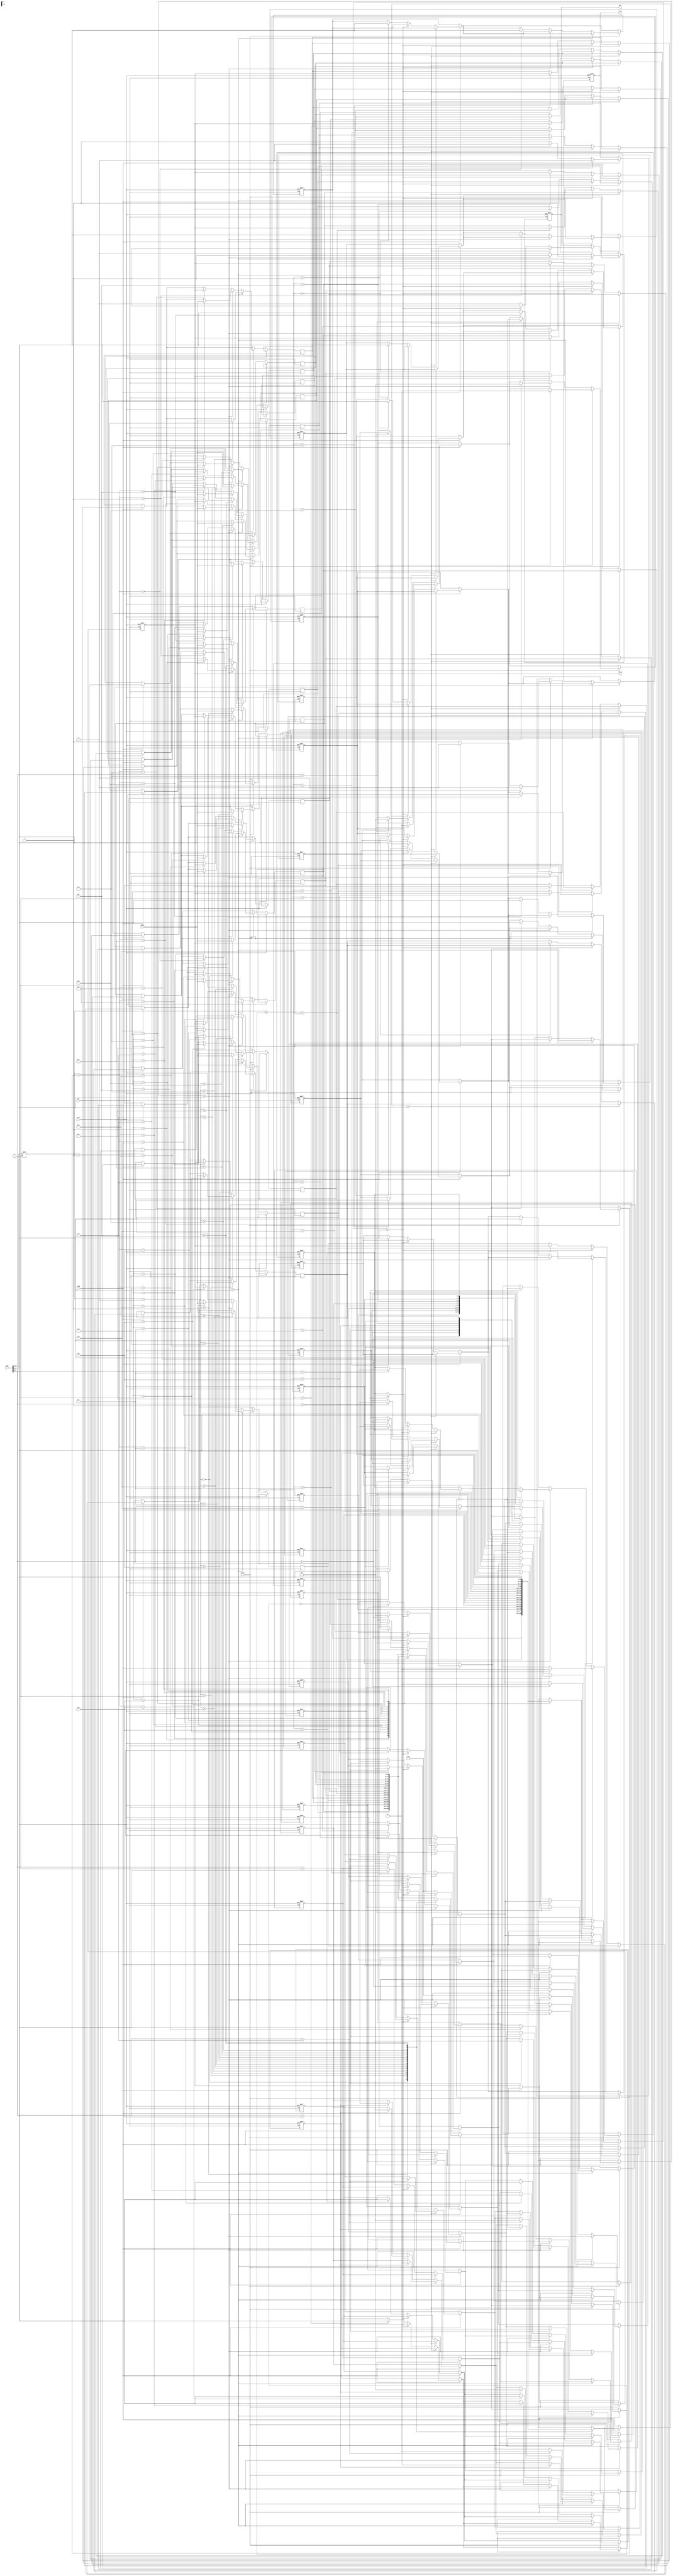
module L2_Cache #(
    parameter ADDRESS_WIDTH = 32,
    parameter CACHE_SIZE = 256, // Total cache size in bytes
    parameter BLOCK_SIZE = 16,   // Block size in bytes
    parameter NUM_SETS = CACHE_SIZE / (BLOCK_SIZE * 2), // 2-way associative
    parameter TAG_WIDTH = ADDRESS_WIDTH - $clog2(NUM_SETS) - $clog2(BLOCK_SIZE)
)(
    input wire clk,
    input wire reset,
    input wire [ADDRESS_WIDTH-1:0] addr,
    input wire read,                 // Read request
    input wire write,                // Write request
    input wire [BLOCK_SIZE-1:0] wdata, // Data to write
    output reg [BLOCK_SIZE-1:0] rdata, // Data read
    output reg hit,                 // Cache hit indicator
    output reg miss                 // Cache miss indicator
);

    // Cache block structure
    reg [TAG_WIDTH-1:0] tags[NUM_SETS][1:0];  // Tag array for 2-way set
    reg [BLOCK_SIZE-1:0] data[NUM_SETS][1:0]; // Data array for 2-way set
    reg dirty[NUM_SETS][1:0];                  // Dirty bits for write-back policy
    reg [1:0] lru_counter[NUM_SETS];           // LRU counter for tracking usage

    // Calculate the set index and the tag from the address
    wire [31:0] set_index = addr[$clog2(BLOCK_SIZE)-1:0];
    wire [TAG_WIDTH-1:0] tag = addr[ADDRESS_WIDTH-1:$clog2(NUM_SETS) + $clog2(BLOCK_SIZE)];

    integer i;

    // Initial state
    always @(posedge clk or posedge reset) begin
        if (reset) begin
            for (i = 0; i < NUM_SETS; i = i + 1) begin
                tags[i][0] <= 0;
                dirty[i][0] <= 0;
                tags[i][1] <= 0;
                dirty[i][1] <= 0;
                lru_counter[i] <= 0;
            end
            hit <= 0;
            miss <= 0;
            rdata <= 0;
        end else begin
            // Cache read operation
            if (read) begin
                if (tags[set_index][0] == tag) begin
                    // Hit in way 0
                    rdata <= data[set_index][0];
                    hit <= 1;
                    miss <= 0;
                    lru_counter[set_index] <= 0; // Update LRU counter
                end else if (tags[set_index][1] == tag) begin
                    // Hit in way 1
                    rdata <= data[set_index][1];
                    hit <= 1;
                    miss <= 0;
                    lru_counter[set_index] <= 1; // Update LRU counter
                end else begin
                    // Cache miss
                    hit <= 0;
                    miss <= 1;

                    // Simulate fetching data from main memory (here, just setting dummy data)
                    rdata <= 0; // Replace with actual memory read logic
                    if (dirty[set_index][lru_counter[set_index]]) begin
                        // Write back the dirty block if needed
                        // Simulate writing back (here, just a placeholder)
                    end

                    // Update cache
                    tags[set_index][lru_counter[set_index]] <= tag;
                    data[set_index][lru_counter[set_index]] <= rdata; // Replace with actual fetched data
                    dirty[set_index][lru_counter[set_index]] <= 0; // Reset dirty bit
                    lru_counter[set_index] <= ~lru_counter[set_index]; // Update LRU
                end
            end

            // Cache write operation
            if (write) begin
                if (tags[set_index][0] == tag) begin
                    // Hit in way 0
                    data[set_index][0] <= wdata;
                    hit <= 1;
                    miss <= 0;
                    dirty[set_index][0] <= 1; // Mark as dirty
                    lru_counter[set_index] <= 0; // Update LRU counter
                end else if (tags[set_index][1] == tag) begin
                    // Hit in way 1
                    data[set_index][1] <= wdata;
                    hit <= 1;
                    miss <= 0;
                    dirty[set_index][1] <= 1; // Mark as dirty
                    lru_counter[set_index] <= 1; // Update LRU counter
                end else begin
                    // Cache miss
                    hit <= 0;
                    miss <= 1;

                    // Simulate fetching data from main memory (here, just setting dummy data)
                    rdata <= 0; // Replace with actual memory read logic
                    if (dirty[set_index][lru_counter[set_index]]) begin
                        // Write back the dirty block if needed
                        // Simulate writing back (here, just a placeholder)
                    end

                    // Update cache
                    tags[set_index][lru_counter[set_index]] <= tag;
                    data[set_index][lru_counter[set_index]] <= rdata; // Replace with actual fetched data
                    dirty[set_index][lru_counter[set_index]] <= 1; // Mark as dirty
                    lru_counter[set_index] <= ~lru_counter[set_index]; // Update LRU
                end
            end
        end
    end

endmodule